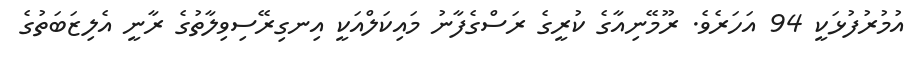
އުމުރުފުޅަކީ 94 އަހަރެވެ. ރޫމޭނިއާގެ ކުރީގެ ރަސްގެފާނު މައިކަލްއަކީ އިނގިރޭސިވިލާތުގެ ރާނީ އެލިޒަބަތުގެ